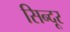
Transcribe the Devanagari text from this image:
सिन्‍दूर